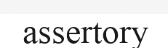
assertory